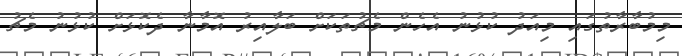
މިމުބާރާތުގައި މިއަދު ކުޅުނު އެހެން މެޗުތަކަށް ބަލާއިރު އޮމާނާ ދެކޮޅަށް ކުޅުނު މެޗު